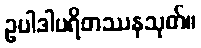
ဥပါဒါပရိတဿနသုတ်။